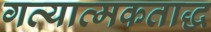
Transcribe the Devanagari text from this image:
गत्यात्मकताद्ध